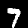
Digit: 7